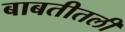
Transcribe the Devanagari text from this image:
बाबतीतली